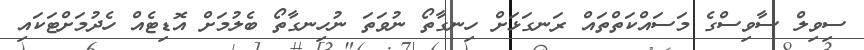
ސިވިލް ސާވިސްގެ މަސައްކަތްތައް ރަނގަޅަށް ހިނގާތޯ ނުވަތަ ނުހިނގާތޯ ބެލުމަށް އޮޑިޓެއް ހެދުމަށްޓަކައި